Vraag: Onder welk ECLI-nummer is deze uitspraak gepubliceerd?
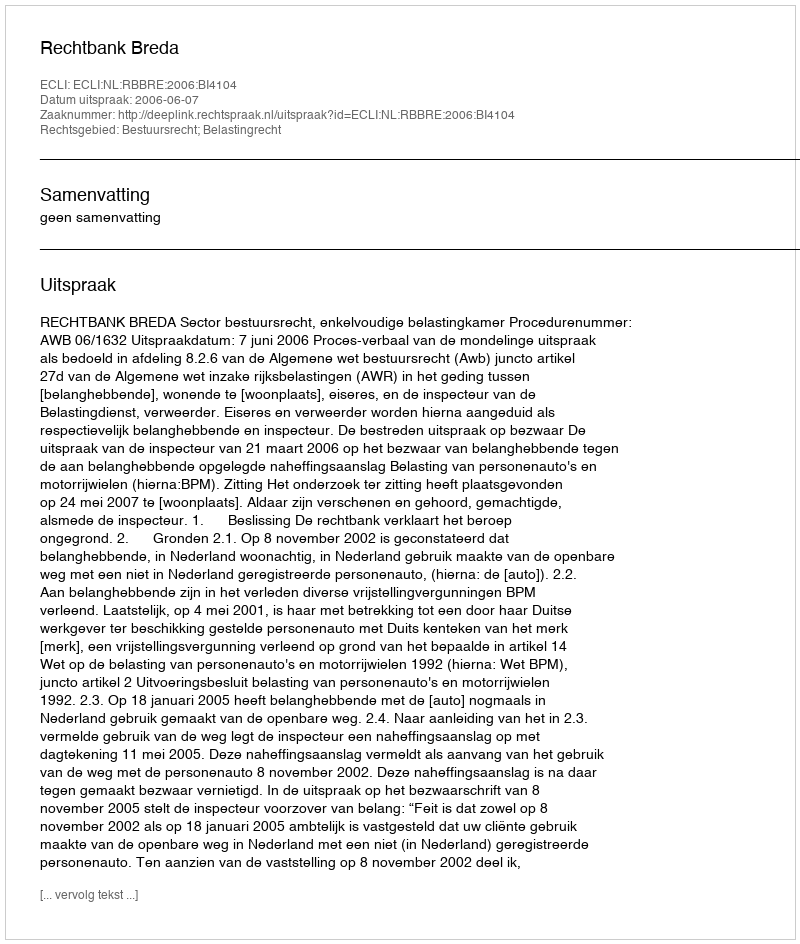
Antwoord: ECLI:NL:RBBRE:2006:BI4104